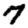
Digit: 7